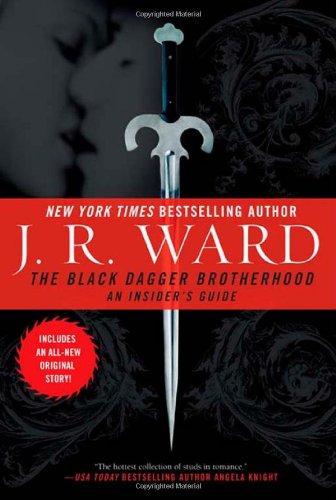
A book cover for The Black Dagger Brotherhood: An Insider's Guide; J.R. Ward; Romance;